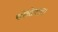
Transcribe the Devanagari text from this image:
सोनोवाल।